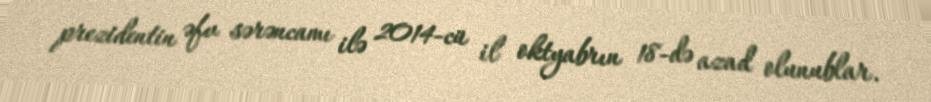
prezidentin əfv sərəncamı ilə 2014-cü il oktyabrın 18-də azad olunublar.